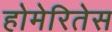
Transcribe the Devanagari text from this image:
होमेरितेस